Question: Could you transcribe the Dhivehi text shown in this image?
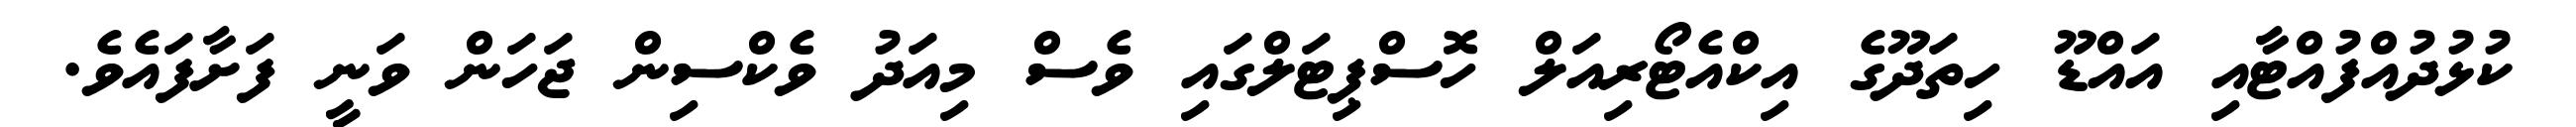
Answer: ކުޅުދުއްފުއްޓާއި އައްޑޫ ހިތަދޫގެ އިކްއެޓޯރިއަލް ހޮސްޕިޓަލްގައި ވެސް މިއަދު ވެކްސިން ޖަހަން ވަނީ ފަށާފައެވެ.